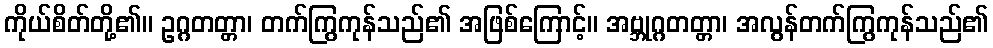
ကိုယ်စိတ်တို့၏။ ဥဂ္ဂတတ္တာ၊ တက်ကြွကုန်သည်၏ အဖြစ်ကြောင့်။ အဗ္ဘုဂ္ဂတတ္တာ၊ အလွန်တက်ကြွကုန်သည်၏